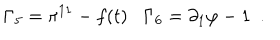
LaTeX: \Gamma _ { 5 } = \pi ^ { 1 1 } - f ( t ) \, \, \, \, \, \Gamma _ { 6 } = \partial _ { 1 } \varphi - 1 \, \, \, .